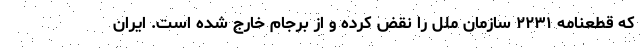
که قطعنامه ۲۲۳۱ سازمان ملل را نقض کرده و از برجام خارج شده است. ایران